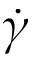
\dot { \gamma }